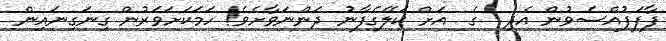
ފާފަފުއްސެވުން އެދި  ގެ  އަށް ކަލޭގެފާނު ދަންނަވާށެވެ! ހަމަކަށަވަރުން ގިނަގިނައިން